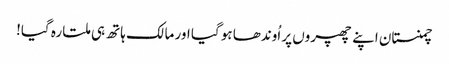
چمنستان اپنے چھپروں پر اُوندھا ہو گیا اور مالک ہاتھ ہی ملتا رہ گیا!